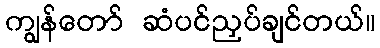
ကျွန်တော် ဆံပင်ညှပ်ချင်တယ်။